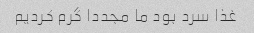
غذا سرد بود ما مجددا گرم کردیم